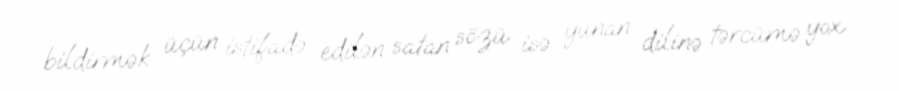
bildirmək üçün istifadə edilən satan sözü isə yunan dilinə tərcümə yox